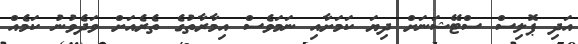
އަދި ޕޮލިސް ސްޓޭޝަނަށް ދިޔަ ކަމަށާއި ނަމަވެސް އިމާރާތުގެ ތެރެއަށް ވަދެވުނު ކަމެއް